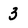
Character: 3